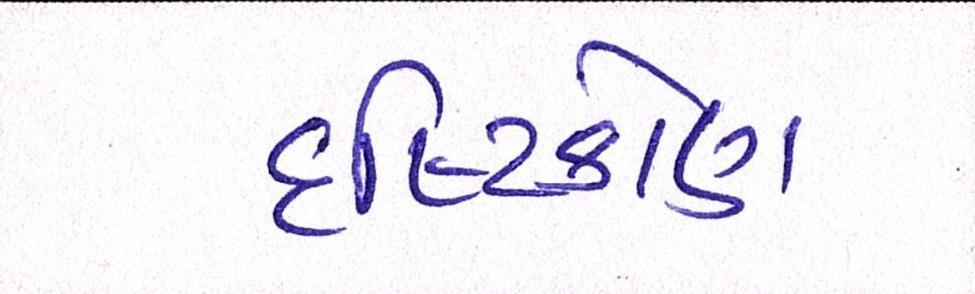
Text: દૃષ્ટિકોણ